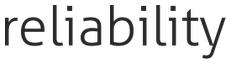
reliability